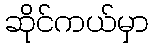
ဆိုင်ကယ်မှာ